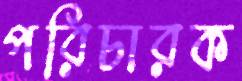
পরিচারক